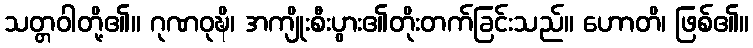
သတ္တဝါတို့၏။ ဂုဏဝုဍ္ဎိ၊ အကျိုးစီးပွား၏တိုးတက်ခြင်းသည်။ ဟောတိ၊ ဖြစ်၏။